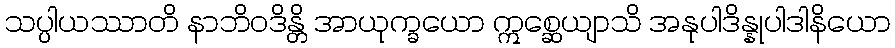
သပ္ပါယဿာတိ နာဘိဝဒိန္တိ အာယုက္ခယော ဣစ္ဆေယျာသိ အနုပါဒိန္နုပါဒါနိယော